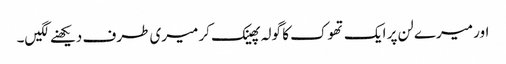
اور میرے لن پر ایک تھوک کا گولہ پھینک کر میری طرف دیکھنے لگیں۔